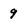
Character: 9